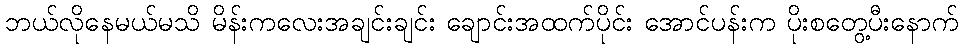
ဘယ်လိုနေမယ်မသိ မိန်းကလေးအချင်းချင်း ချောင်းအထက်ပိုင်း အောင်ပန်းက ပိုးစတွေ့ပီးနောက်